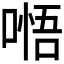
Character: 𭉰